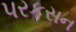
પરકસન